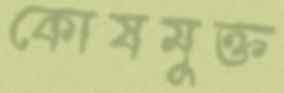
কোষমুক্ত